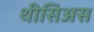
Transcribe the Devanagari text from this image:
थीसिअस